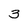
Character: 3